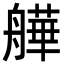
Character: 𦪠